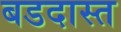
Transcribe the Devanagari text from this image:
बडदास्त